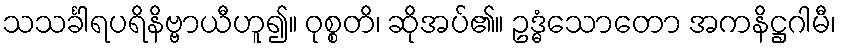
သသင်္ခါရပရိနိဗ္ဗာယီဟူ၍။ ဝုစ္စတိ၊ ဆိုအပ်၏။ ဥဒ္ဓံသောတော အကနိဋ္ဌဂါမီ၊